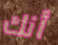
أنك